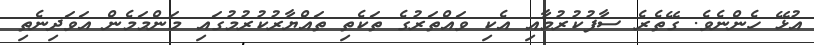
އުޅޭ ހެންނެވެ. ގޭތެރެ ސާފުކުރުމާއި އެކި ވައްތަރުގެ ތަކެތި ތައްޔާރުކުރުމުގައި މަންމަމެން އަވަދިނެތި